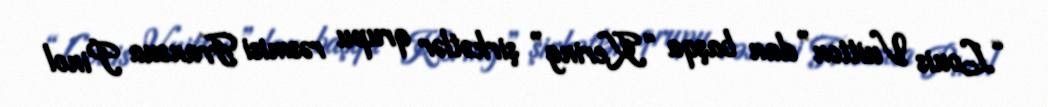
“Louis Vuitton”dan başqa “Kering” şirkətlər qrupu rəsmisi Fransua Pinol